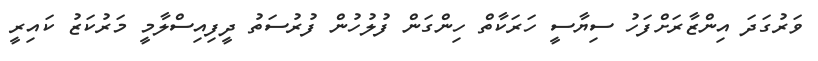
ވަރުގަދަ އިންޒާރަށްފަހު ސިޔާސީ ހަރަކާތް ހިންގަން ފުލުހުން ފުރުސަތު ދީފިއިސްލާމީ މަރުކަޒު ކައިރީ